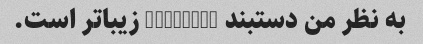
به نظر من دستبند cloisonn زیباتر است.